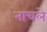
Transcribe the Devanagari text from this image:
नाचले